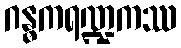
ဂန္ဓကရဏ္ဍကဿ